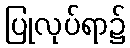
ပြုလုပ်ရာ၌